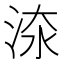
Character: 𣵟